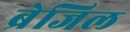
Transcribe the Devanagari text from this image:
ब्रेजिल